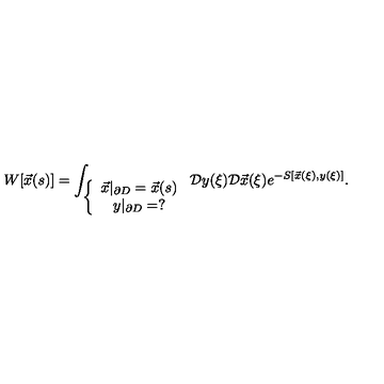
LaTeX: W [ \vec { x } ( s ) ] = \int _ { \left\{ \begin{array} { c } { \vec { x } | _ { \partial D } = \vec { x } ( s ) } \\ { y | _ { \partial D } = ? } \\ \end{array} \right. } \mathcal { D } y ( \xi ) \mathcal { D } \vec { x } ( \xi ) e ^ { - S [ \vec { x } ( \xi ) , y ( \xi ) ] } .